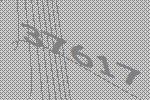
37617